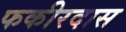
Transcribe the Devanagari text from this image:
फकीरदास